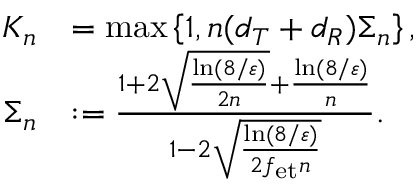
\begin{array} { r l } { K _ { n } } & { = \operatorname* { m a x } \left\{ 1 , n ( d _ { T } + d _ { R } ) \Sigma _ { n } \right\} , } \\ { \Sigma _ { n } } & { : = \frac { 1 + 2 \sqrt { \frac { \ln ( 8 / \varepsilon ) } { 2 n } } + \frac { \ln ( 8 / \varepsilon ) } { n } } { 1 - 2 \sqrt { \frac { \ln ( 8 / \varepsilon ) } { 2 f _ { \mathrm { e t } } n } } } . } \end{array}